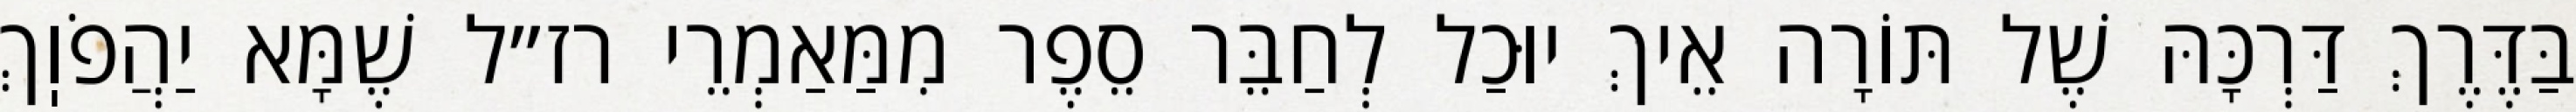
בַּדֶּרֶךְ דַּרְכָּהּ שֶׁל תּוֹרָה אֵיךְ יוּכַל לְחַבֵּר סֵפֶר מִמַּאַמְרֵי רז״ל שֶׁמָּא יַהֲפֹוֽךְ